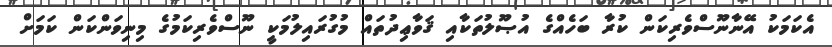
އެކަމަކު އޭނާނޫސްވެރިކަން ކުރާ ބަހެއްގެ އުޞޫލުތަކާއި ޤަވާޢިދުތައް މުގުރައިލުމަކީ ނޫސްވެރިކަމުގެ މިނިވަންކަން ކަމަށް